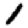
Digit: 1